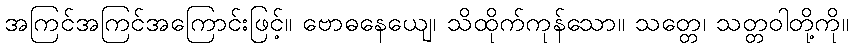
အကြင်အကြင်အကြောင်းဖြင့်။ ဗောဓနေယျေ၊ သိထိုက်ကုန်သော။ သတ္တေ၊ သတ္တဝါတို့ကို။